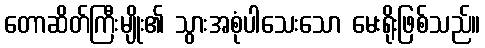
တောဆိတ်ကြီးမျိုး၏ သွားအစုံပါသေးသော မေးရိုးဖြစ်သည်။